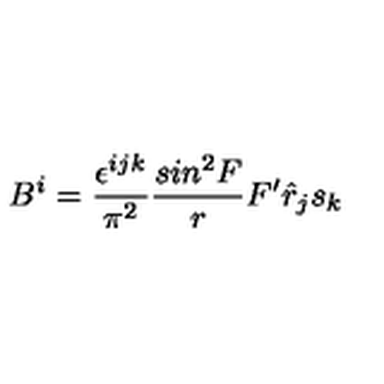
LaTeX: B ^ { i } = \frac { \epsilon ^ { i j k } } { \pi ^ { 2 } } \frac { s i n ^ { 2 } F } { r } F ^ { \prime } { \hat { r } } _ { j } s _ { k }